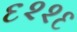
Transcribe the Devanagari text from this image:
६२२६